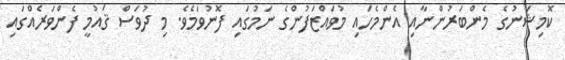
ކޮމިޝަނުގެ މެންބަރުންނާއި އެންމެހައި މުވައްޒަފުންގެ ނަމުގައި ފޮނުވަމެވެ. މި ދުވަސް ޤައުމީ ފެންވަރެއްގައި